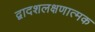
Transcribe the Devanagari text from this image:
द्वादशलक्षणात्मक